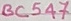
Text: BC547